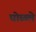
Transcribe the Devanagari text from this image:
घोळले